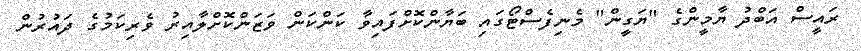
ރައީސް އަބްދު ޔާމީންގެ "ޔަގީން" މެނިފެސްޓޯގައި ބަޔާންކޮށްފައިވާ ކަންކަން ވަޒަންކޮށްލާއިރު ވެރިކަމުގެ ދައުރުން